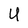
Character: U